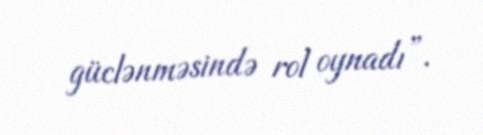
güclənməsində rol oynadı”.